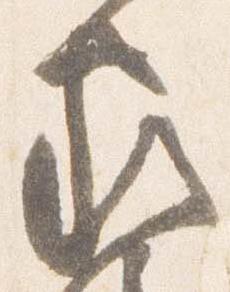
家